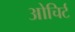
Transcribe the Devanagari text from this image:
ओचिर्ट